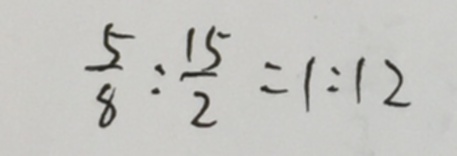
\frac { 5 } { 8 } : \frac { 1 5 } { 2 } = 1 : 1 2